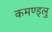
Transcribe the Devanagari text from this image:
कमण्ड्लु